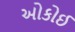
ઓકોઈ